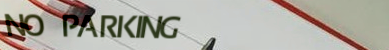
NO PARKING